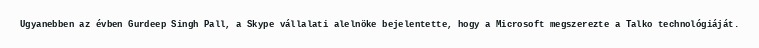
Ugyanebben az évben Gurdeep Singh Pall, a Skype vállalati alelnöke bejelentette, hogy a Microsoft megszerezte a Talko technológiáját.